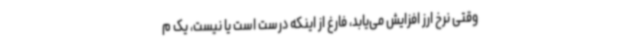
وقتی نرخ ارز افزایش می‌یابد، فارغ از اینکه درست است یا نیست، یک م